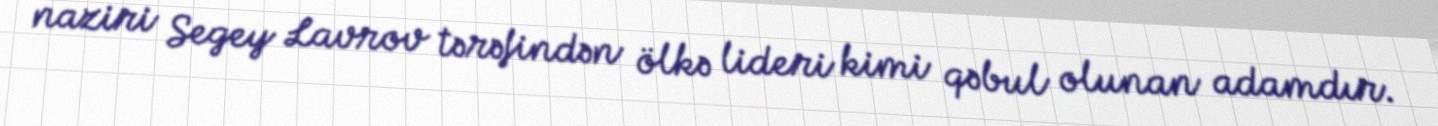
naziri Segey Lavrov tərəfindən ölkə lideri kimi qəbul olunan adamdır.